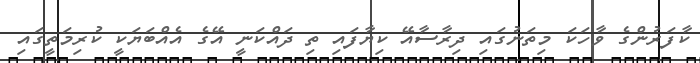
ކާފަރުންގެ ވާހަކަ މިތަނުގައި ދިރާސާއޭ ކިޔާފައި ތި ދައްކަނީ އޭގެ އެއްބަޔަކީ ކުރިމަތީގައި